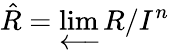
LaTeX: {\hat{R}}=\varprojlim R/I^{n}